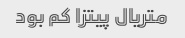
متریال پیتزا کم بود